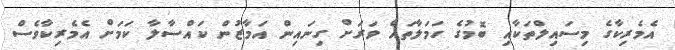
އެމެރިކާގެ މިސައިލްތަކާއި ބޮމުގެ ހަމަލާތައް ވަރަށް ގިނައިން އަމާޒުން ކައްސާލާ ކަމަށް އެމެރިކާވެސް